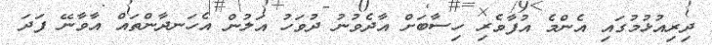
ދިރިއުޅުމުގައި އެންމެ އުފާވެރި ހިސާބަށް އާދެވުނު ދުވަހު އަލުން އެހަނދާންތައް އާވާނޭ ފަދަ